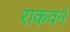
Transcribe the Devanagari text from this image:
राकवर्न